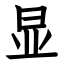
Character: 显